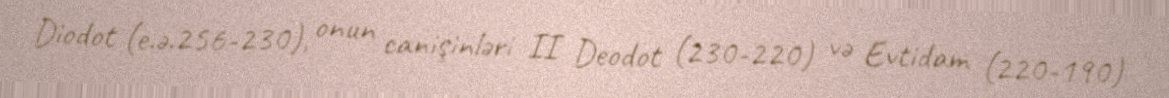
Diodot (e.ə.256-230), onun canişinləri II Deodot (230-220) və Evtidam (220-190)